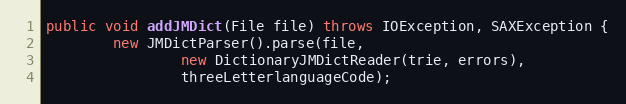
Language: Java
public void addJMDict(File file) throws IOException, SAXException {
		new JMDictParser().parse(file,
				new DictionaryJMDictReader(trie, errors),
				threeLetterlanguageCode);